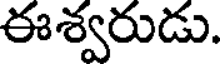
ఈశ్వరుడు.